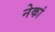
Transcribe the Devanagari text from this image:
नेकां